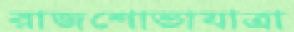
রাজশোভাযাত্রা